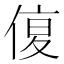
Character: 𠋩